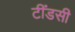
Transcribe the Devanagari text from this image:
टींडसी